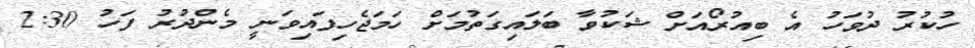
ހުކުރު ދުވަހު އެ ބިއުރޯއަށް ޝަކުވާ ބަލައިގަތުމަށް ހަމަޖެހިފައިވަނީ މެންދުރު ފަހު 2:30